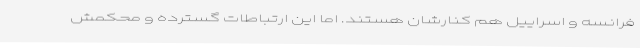
فرانسه و اسراییل هم کنارشان هستند. اما این ارتباطات گسترده و محکمش